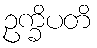
ဥက္ခိပတိ